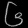
Digit: ၆